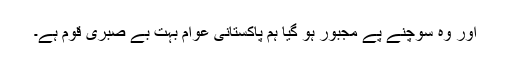
اور وہ سوچنے پے مجبور ہو گیا ہم پاکستانی عوام بہت بے صبری قوم ہے۔